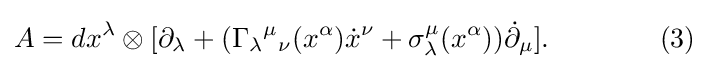
A=dx^{\lambda }\otimes [\partial _{\lambda }+(\Gamma _{\lambda }{}^{\mu }{}_{\nu }(x^{\alpha }){\dot {x}}^{\nu }+\sigma _{\lambda }^{\mu }(x^{\alpha })){\dot {\partial }}_{\mu }].\qquad \qquad (3)